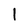
Character: 1